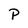
Character: P